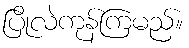
ပြိုလဲကုန်ကြမည်။